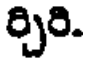
ర్చిరి.